Annual administration report of the Civil Veterinary Department of India - 1910-1911
Year: 1910
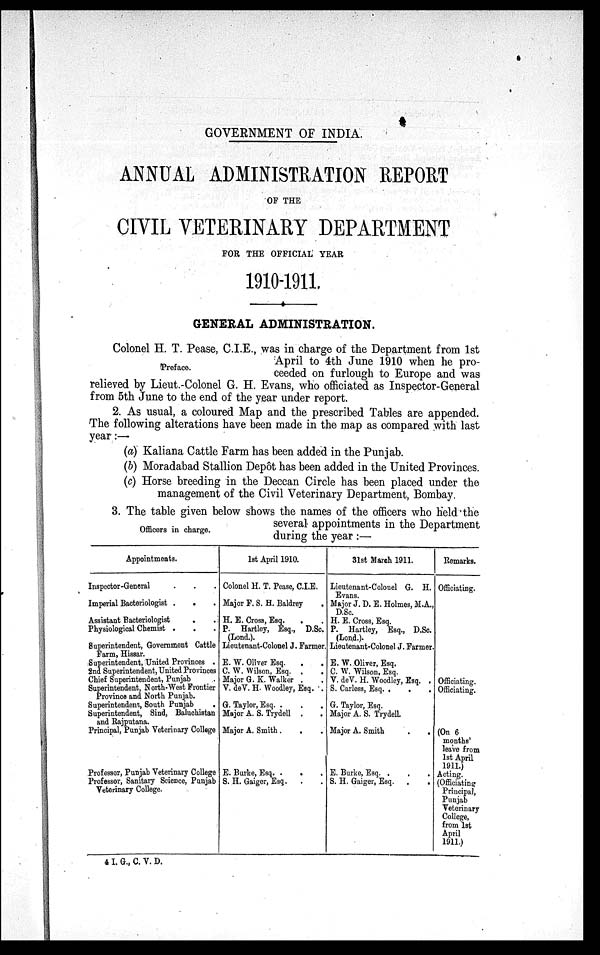
GOVERNMENT OF INDIA.
ANNUAL ADMINISTRATION REPORT
OF THE
CIVIL VETERINARY DEPARTMENT
FOR THE OFFICIAL YEAR
1910-1911.
GENERAL ADMINISTRATION.
Preface
Colonel H. T. Pease, C.I.E., was in charge of the Department from 1st
April to 4th June 1910 when he pro-
ceeded on furlough to Europe and was
relieved by Lieut.-Colonel G. H. Evans, who officiated as Inspector-General
from 5th June to the end of the year under report.
2. As usual, a coloured Map and the prescribed Tables are appended.
The following alterations have been made in the map as compared with last
year:—
(a) Kaliana Cattle Farm has been added in the Punjab.
(b) Moradabad Stallion Depôt has been added in the United Provinces.
(c) Horse breeding in the Deccan Circle has been placed under the
management of the Civil Veterinary Department, Bombay.
Officers in charge.
3. The table given below shows the names of the officers who held the
several appointments in the Department
during the year :—
Appointments.
Inspector-General . . .
Imperial Bacteriologist . . .
Assistant Bacteriologist
Physiological Chemist . . .
Superintendent, Government Cattle
Farm, Hissar.
Superintendent, United Provinces .
2nd Superintendent, United Provinces
Chief Superintendent, Punjab .
Superintendent, North-West Frontier
Province and North Punjab.
Superintendent, South Punjab
Superintendent, Sind, Baluchistan
and Rajputana.
Principal, Punjab Veterinary College
Professor, Punjab Veterinary College
Professor, Sanitary Science, Punjab
Veterinary College.
1st April 1910.
Colonel H. T. Pease, C.I.E.
Major F. S. H. Baldrey .
H. E. Cross, Esq. . .
P. Hartley, Esq., D.Sc.
(Lond.).
Lieutenant-Colonel J. Farmer,
E. W. Oliver Esq. . .
C. W. Wilson, Esq. . .
Major G. K. Walker . .
V. de V. H. Woodley, Esq. .
G. Taylor, Esq. . . .
Major A. S. Trydell . .
Major A. Smith . . .
E. Burke, Esq. .
. .
S. H. Gaiger, Esq .
. .
31st March 1911.
Lieutenant-Colonel G. H.
Evans.
Major J. D. E. Holmes, M.A.,
D.Sc.
H. E. Cross, Esq.
P. Hartley, Esq., D.Sc.
(Lond.).
Lieutenant-Colonel J. Farmer.
E. W. Oliver, Esq.
C. W. Wilson, Esq.
V. de V. H. Woodley, Esq. .
S. Carless, Esq. .
. .
G. Taylor, Esq.
Major A. S. Trydell.
Major A. Smith
.
.
E. Burke, Esq. . . .
S. H. Gaiger, Esq. . .
Remarks.
Officiating.
Officiating.
Officiating.
(On 6
months'
leave from
1st April
1911.)
Acting.
(Officiating
Principal,
Punjab
Veterinary
College,
from 1st
April
1911.)
4 I. G., C. V. D.